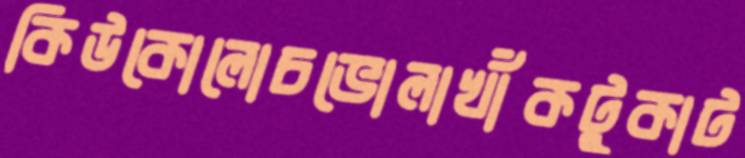
কিউকোলোচভোলাখাঁকটুকাট